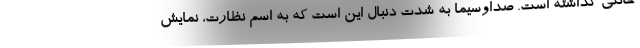
خانگی گذاشته است. صداوسیما به شدت دنبال این است که به اسم نظارت، نمایش